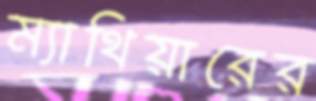
ম্যাথিয়ারের